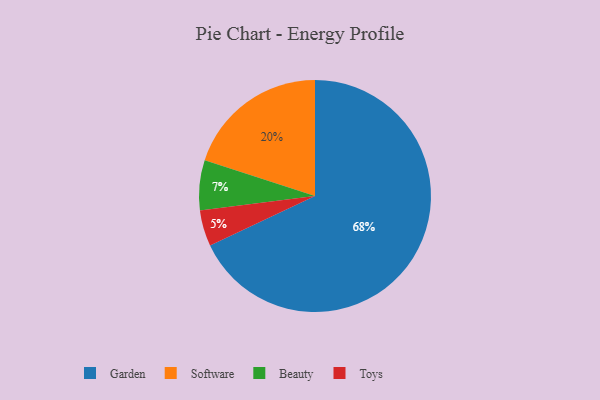
{"axis": {"x": "Category", "y": "Percentage"}, "legend": ["Beauty", "Garden", "Software", "Toys"], "data": [{"x": "Garden", "y": 68, "type": "Garden"}, {"x": "Software", "y": 20, "type": "Software"}, {"x": "Beauty", "y": 7, "type": "Beauty"}, {"x": "Toys", "y": 5, "type": "Toys"}]}